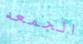
الجمعه